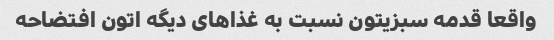
واقعا قدمه سبزیتون نسبت به غذاهای دیگه اتون افتضاحه